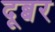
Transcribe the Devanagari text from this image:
दूब्बर